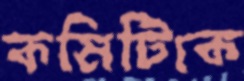
কমিটিকে